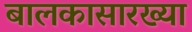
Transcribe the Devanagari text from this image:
बालकासारख्या